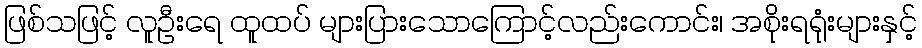
ဖြစ်သဖြင့် လူဦးရေ ထူထပ် များပြားသောကြောင့်လည်းကောင်း၊ အစိုးရရုံးများနှင့်